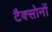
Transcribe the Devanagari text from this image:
टैक्सोनों